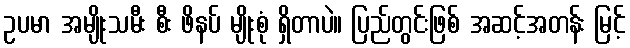
ဥပမာ အမျိုးသမီး စီး ဖိနပ် မျိုးစုံ ရှိတာပဲ။ ပြည်တွင်းဖြစ် အဆင့်အတန်း မြင့်